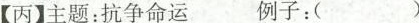
【丙】主题：抗争命运 例子：()